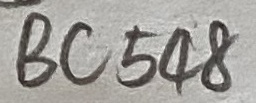
Text: BC548